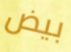
بيض